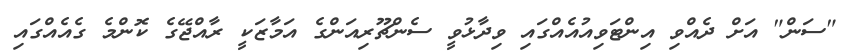
"ސަން" އަށް ދެއްވި އިންޓަވިއުއެއްގައި ވިދާޅުވީ ސެންޗޫރިއަންގެ އަމާޒަކީ ރާއްޖޭގެ ކޮންމެ ގެއެއްގައި